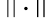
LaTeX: \left\Vert\cdot\right\Vert